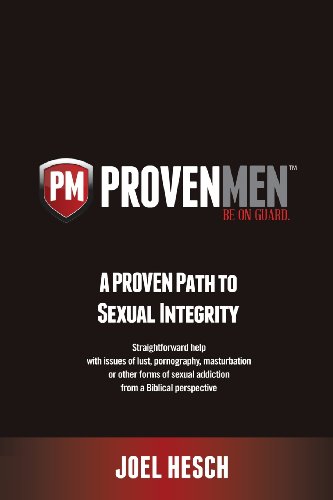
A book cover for Proven Men: A Proven Path to Sexual Integrity; Help with Pornography, Masturbation or Sex Addiction from a Biblical Perspective; Joel Hesch; Health, Fitness & Dieting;